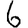
Digit: 6